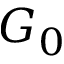
G _ { 0 }